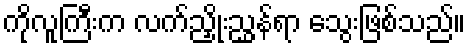
ကိုလူကြီးက လက်ညှိုးညွှန်ရာ သွေးဖြစ်သည်။